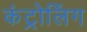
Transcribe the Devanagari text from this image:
कंट्रोलिंग